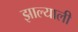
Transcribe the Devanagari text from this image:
झाल्याली